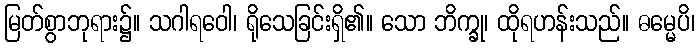
မြတ်စွာဘုရား၌။ သဂါရဝေါ၊ ရိုသေခြင်းရှိ၏။ သော ဘိက္ခု၊ ထိုရဟန်းသည်။ ဓမ္မေပိ၊